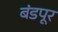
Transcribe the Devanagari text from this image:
बंडपूर